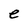
Character: e